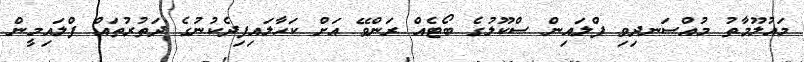
މައުލޫމާތު މުއްސަނދިވި ފްލައިން ސްކޫލުގެ ބޯޓެއް ރަންވޭ އަށް ކަހާލައިފިދެކުނުގެ ދަތުރުތައް ފްލައިމީން